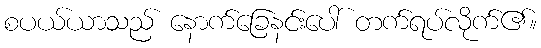
စပယ်ယာသည် နောက်ခြေနင်းပေါ် တက်ရပ်လိုက်၏။